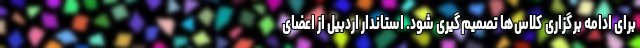
برای ادامه برگزاری کلاس‌ها تصمیم‌گیری شود. استاندار اردبیل از اعضای